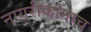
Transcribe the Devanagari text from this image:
नागरीकांनाच